Annual report on the health of the army in India
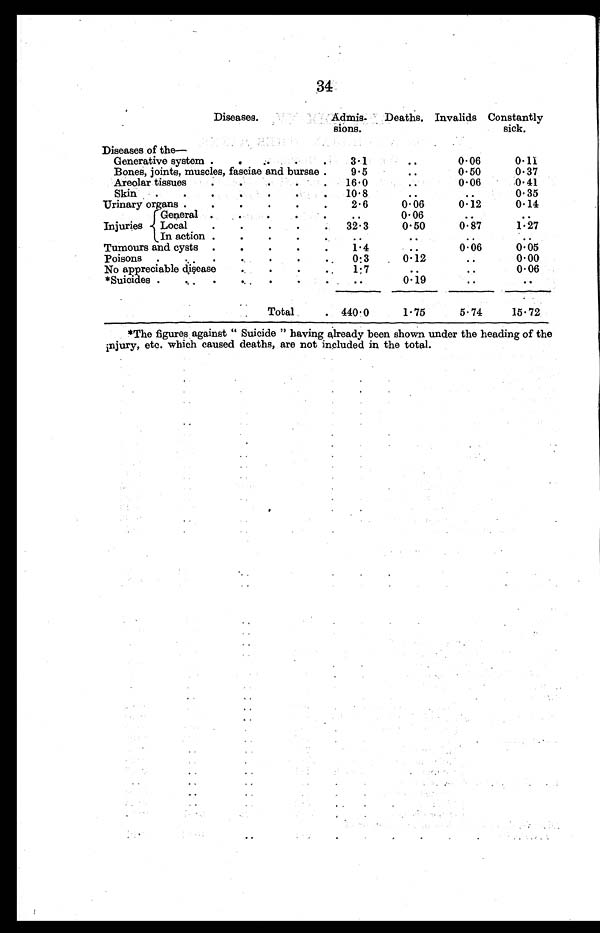
34
Diseases.
Admissions
Deaths. Invalids Constantly
sick
Diseases of the-
Generative system .
3.1
..
0.06
0.11
Bones,joints,muscles, fasciae and bursae .
9.5
..
0.50
0.37
Areolar tissues
16 . 0 ..
0.06
0.41
Skin.
10 . 8
..
..
0.35
Urinaryorgans
2.6
0.06
0.12
0.14
Injuries
General
..
0.06
..
..
Local
32.3
0.50
0.87
1.27
In action .
..
..
..
Tumours and cysts
1.4
..
0.06
0.05
Poisons.
0.3
0.12
..
0.00
No appreciable disease
1.7
..
..
0.06
*Suicides.
. .
0.19 ..
...
Total
440.0
1.75
5.74
15.72
*The figures against "Suicide" having already been shown under the heading of the
injury, etc. which caused deaths, are not included in the total.